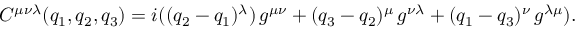
C ^ { \mu \nu \lambda } ( q _ { 1 } , q _ { 2 } , q _ { 3 } ) = i ( ( q _ { 2 } - q _ { 1 } ) ^ { \lambda } ) \, g ^ { \mu \nu } + ( q _ { 3 } - q _ { 2 } ) ^ { \mu } \, g ^ { \nu \lambda } + ( q _ { 1 } - q _ { 3 } ) ^ { \nu } \, g ^ { \lambda \mu } ) .